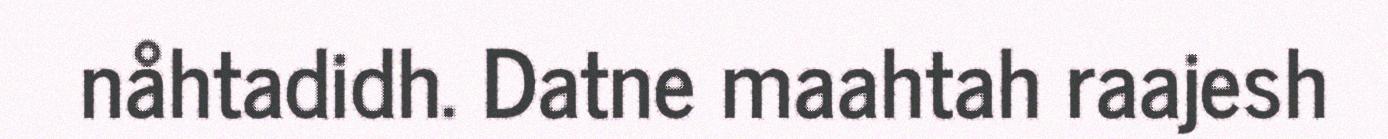
nåhtadidh. Datne maahtah raajesh